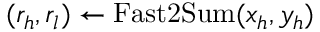
( r _ { h } , r _ { l } ) \gets \mathrm { F a s t 2 S u m } ( x _ { h } , y _ { h } )